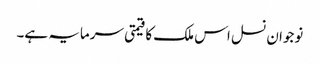
نوجوان نسل اس ملک کا قیمتی سرمایہ ہے۔